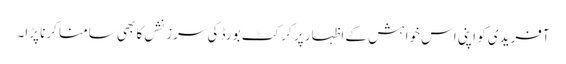
آفریدی کو اپنی اس خواہش کے اظہار پر کرکٹ بورڈ کی سرزنشں کا بھی سامنا کرنا پڑا۔